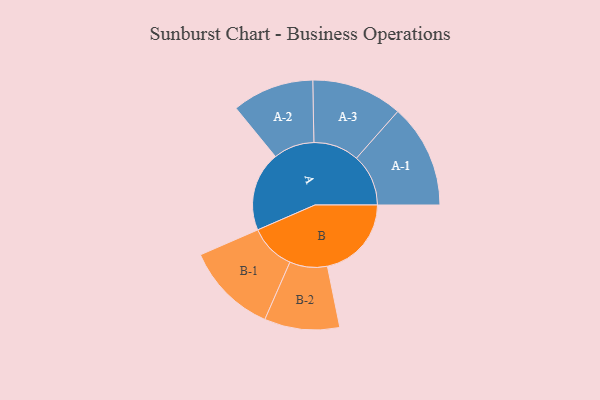
{"axis": {"x": "Segment", "y": "Value"}, "legend": ["", "A", "B"], "data": [{"x": "A", "y": 433, "type": ""}, {"x": "B", "y": 458, "type": ""}, {"x": "A-1", "y": 283, "type": "A"}, {"x": "A-2", "y": 223, "type": "A"}, {"x": "A-3", "y": 248, "type": "A"}, {"x": "B-1", "y": 250, "type": "B"}, {"x": "B-2", "y": 205, "type": "B"}]}